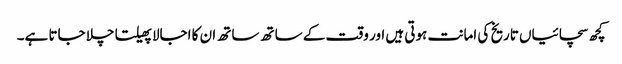
کچھ سچائیاں تاریخ کی امانت ہوتی ہیں اور وقت کے ساتھ ساتھ ان کا اجالا پھیلتا چلا جاتا ہے۔